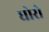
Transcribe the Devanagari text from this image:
धोरो